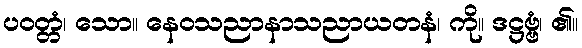
ပဝတ္တံ၊ သော။ နေဝသညာနာသညာယတနံ၊ ကို။ ဒဋ္ဌဗ္ဗံ၊ ၏။